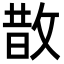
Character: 㪚